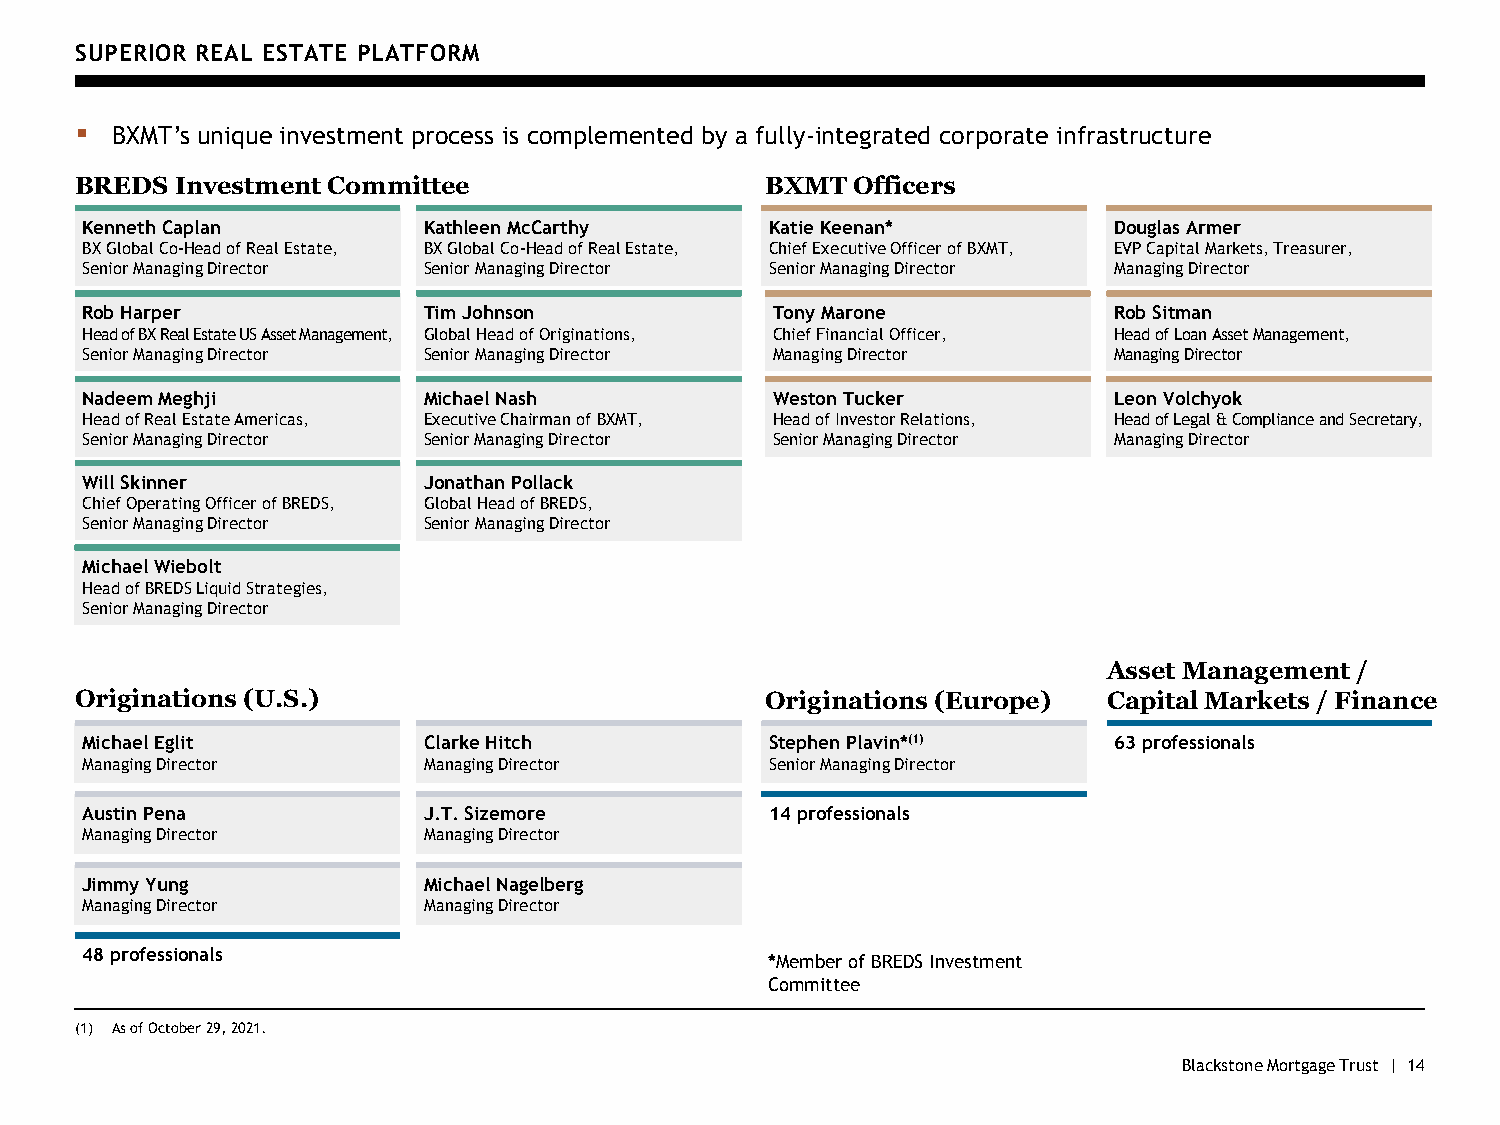
SUPERIOR REAL ESTATE PLATFORM
 ▪ BXMT’s unique investment process is complemented by a fully-integrated corporate infrastructure
 BREDS  Investment Committee                   BXMT Officers
 Kenneth Caplan         Kathleen McCarthy      Katie Keenan*          Douglas Armer
 BX Global Co-Head of Real Estate, BX Global Co-Head of Real Estate, Chief Executive Officer of BXMT, EVP Capital Markets, Treasurer,
 Senior Managing Director Senior Managing Director Senior Managing Director Managing Director
 Rob Harper             Tim Johnson            Tony Marone            Rob Sitman
 Head of BX Real Estate US Asset Management, Global Head of Originations, Chief Financial Officer, Head of Loan Asset Management,
 Senior Managing Director Senior Managing Director Managing Director  Managing Director
 Nadeem Meghji          Michael Nash           Weston Tucker          Leon Volchyok
 Head of Real Estate Americas, Executive Chairman of BXMT, Head of Investor Relations, Head of Legal & Compliance and Secretary,
 Senior Managing Director Senior Managing Director Senior Managing Director Managing Director
 Will Skinner           Jonathan Pollack
 Chief Operating Officer of BREDS, Global Head of BREDS,
 Senior Managing Director Senior Managing Director
 Michael Wiebolt
 Head of BREDS Liquid Strategies,
 Senior Managing Director
 Asset Management /
 Originations (U.S.)                           Originations (Europe) Capital Markets / Finance
 Michael Eglit          Clarke Hitch           Stephen Plavin*(1)     63 professionals
 Managing Director      Managing Director      Senior Managing Director
 Austin Pena            J.T. Sizemore          14 professionals
 Managing Director      Managing Director
 Jimmy Yung             Michael Nagelberg
 Managing Director      Managing Director
 48 professionals
 *Member of BREDS Investment
 Committee
 (1) As of October 29, 2021.
 Blackstone Mortgage Trust | 14